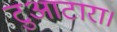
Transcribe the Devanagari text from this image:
टुआटारा।